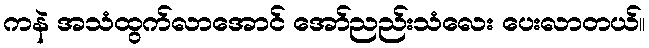
ကနဲ အသံထွက်လာအောင် အော်ညည်းသံလေး ပေးလာတယ်။